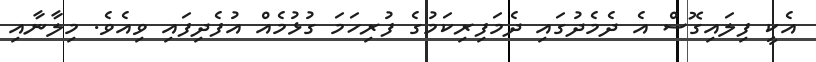
އެކީ ފިލައިގޮސް އެ ދެމެދުގައި ދެމަފިރިކަމުގެ ފުރިހަމަ ގުޅުމެއް އުފެދިފައި ވިއެވެ. މިލާނާއި